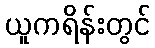
ယူကရိန်းတွင်